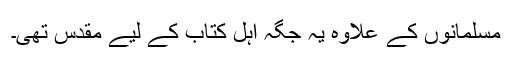
مسلمانوں کے علاوہ یہ جگہ اہل کتاب کے لیے مقدس تھی۔